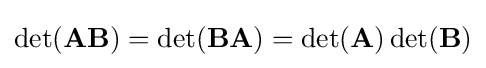
\det(\mathbf {AB} )=\det(\mathbf {BA} )=\det(\mathbf {A} )\det(\mathbf {B} )